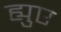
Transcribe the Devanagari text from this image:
ह्युए